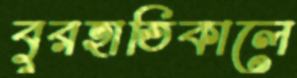
বুরহাতিকালে